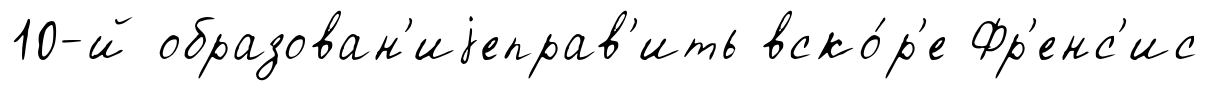
10-й образован'иjеправ'ить вско́р'е Фр'енс'ис